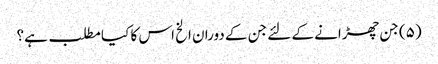
(۵) جن چھڑانے کے لئے جن کے دوران الخ اس کا کیا مطلب ہے؟